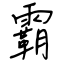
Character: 霸